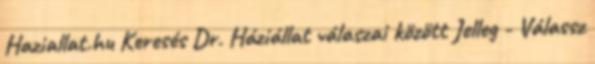
Haziallat.hu Keresés Dr. Háziállat válaszai között Jelleg - Válassz